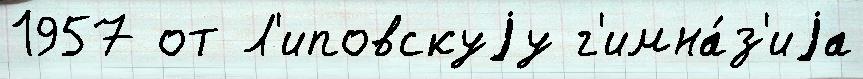
1957 от Л'иповскуjу г'имна́з'иjа